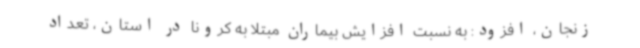
زنجان، افزود: به نسبت افزایش بیماران مبتلا به کرونا در استان، تعداد